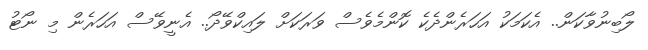
ލޯބިނުވާކަން.. އެކަމަކު އަހަރެންދެކެ ކޮންމެވެސް ވަރަކަށް ލައިކްވޭދޯ.. އެނީވޭސް އަހަރެން މި ނޯޓު